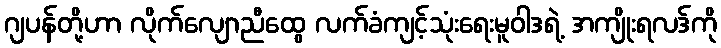
ဂျပန်တို့ဟာ လိုက်လျောညီထွေ လက်ခံကျင့်သုံးရေးမူဝါဒရဲ့ အကျိုးရလဒ်ကို